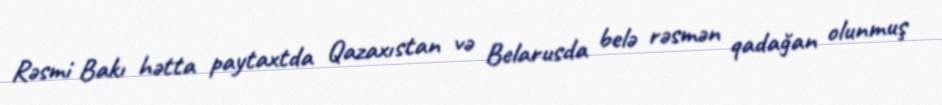
Rəsmi Bakı hətta paytaxtda Qazaxıstan və Belarusda belə rəsmən qadağan olunmuş